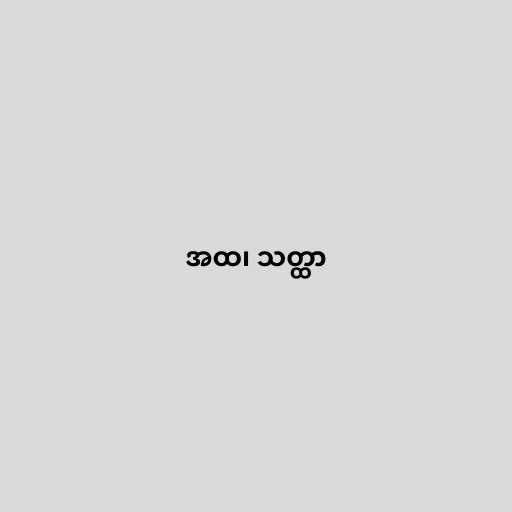
အထ၊ သတ္ထာ